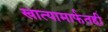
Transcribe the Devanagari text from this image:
खात्यामार्फतही